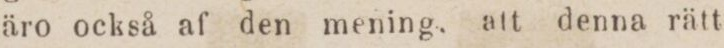
äro också af den mening, att denna rätt